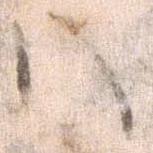
ハ